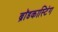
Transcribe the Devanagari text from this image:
ब्राॅडकास्टिंग